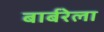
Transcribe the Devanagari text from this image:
बार्बरेला